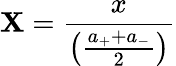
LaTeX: \mathbf{X}=\frac{{x}}{{\left(\frac{{a_{+}+a_{-}}}{{2}}\right)}}